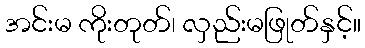
အင်းမ ကိုးတုတ်၊ လှည်းမဖြုတ်နှင့်။